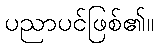
ပညာပင်ဖြစ်၏။